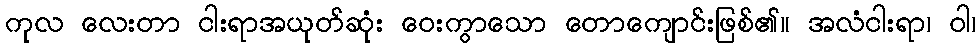
ကုလ လေးတာ ငါးရာအယုတ်ဆုံး ဝေးကွာသော တောကျောင်းဖြစ်၏။ အလံငါးရာ၊ ဝါ၊